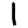
Digit: 1